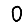
Digit: 0